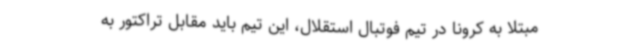
مبتلا به کرونا در تیم فوتبال استقلال، این تیم باید مقابل تراکتور به